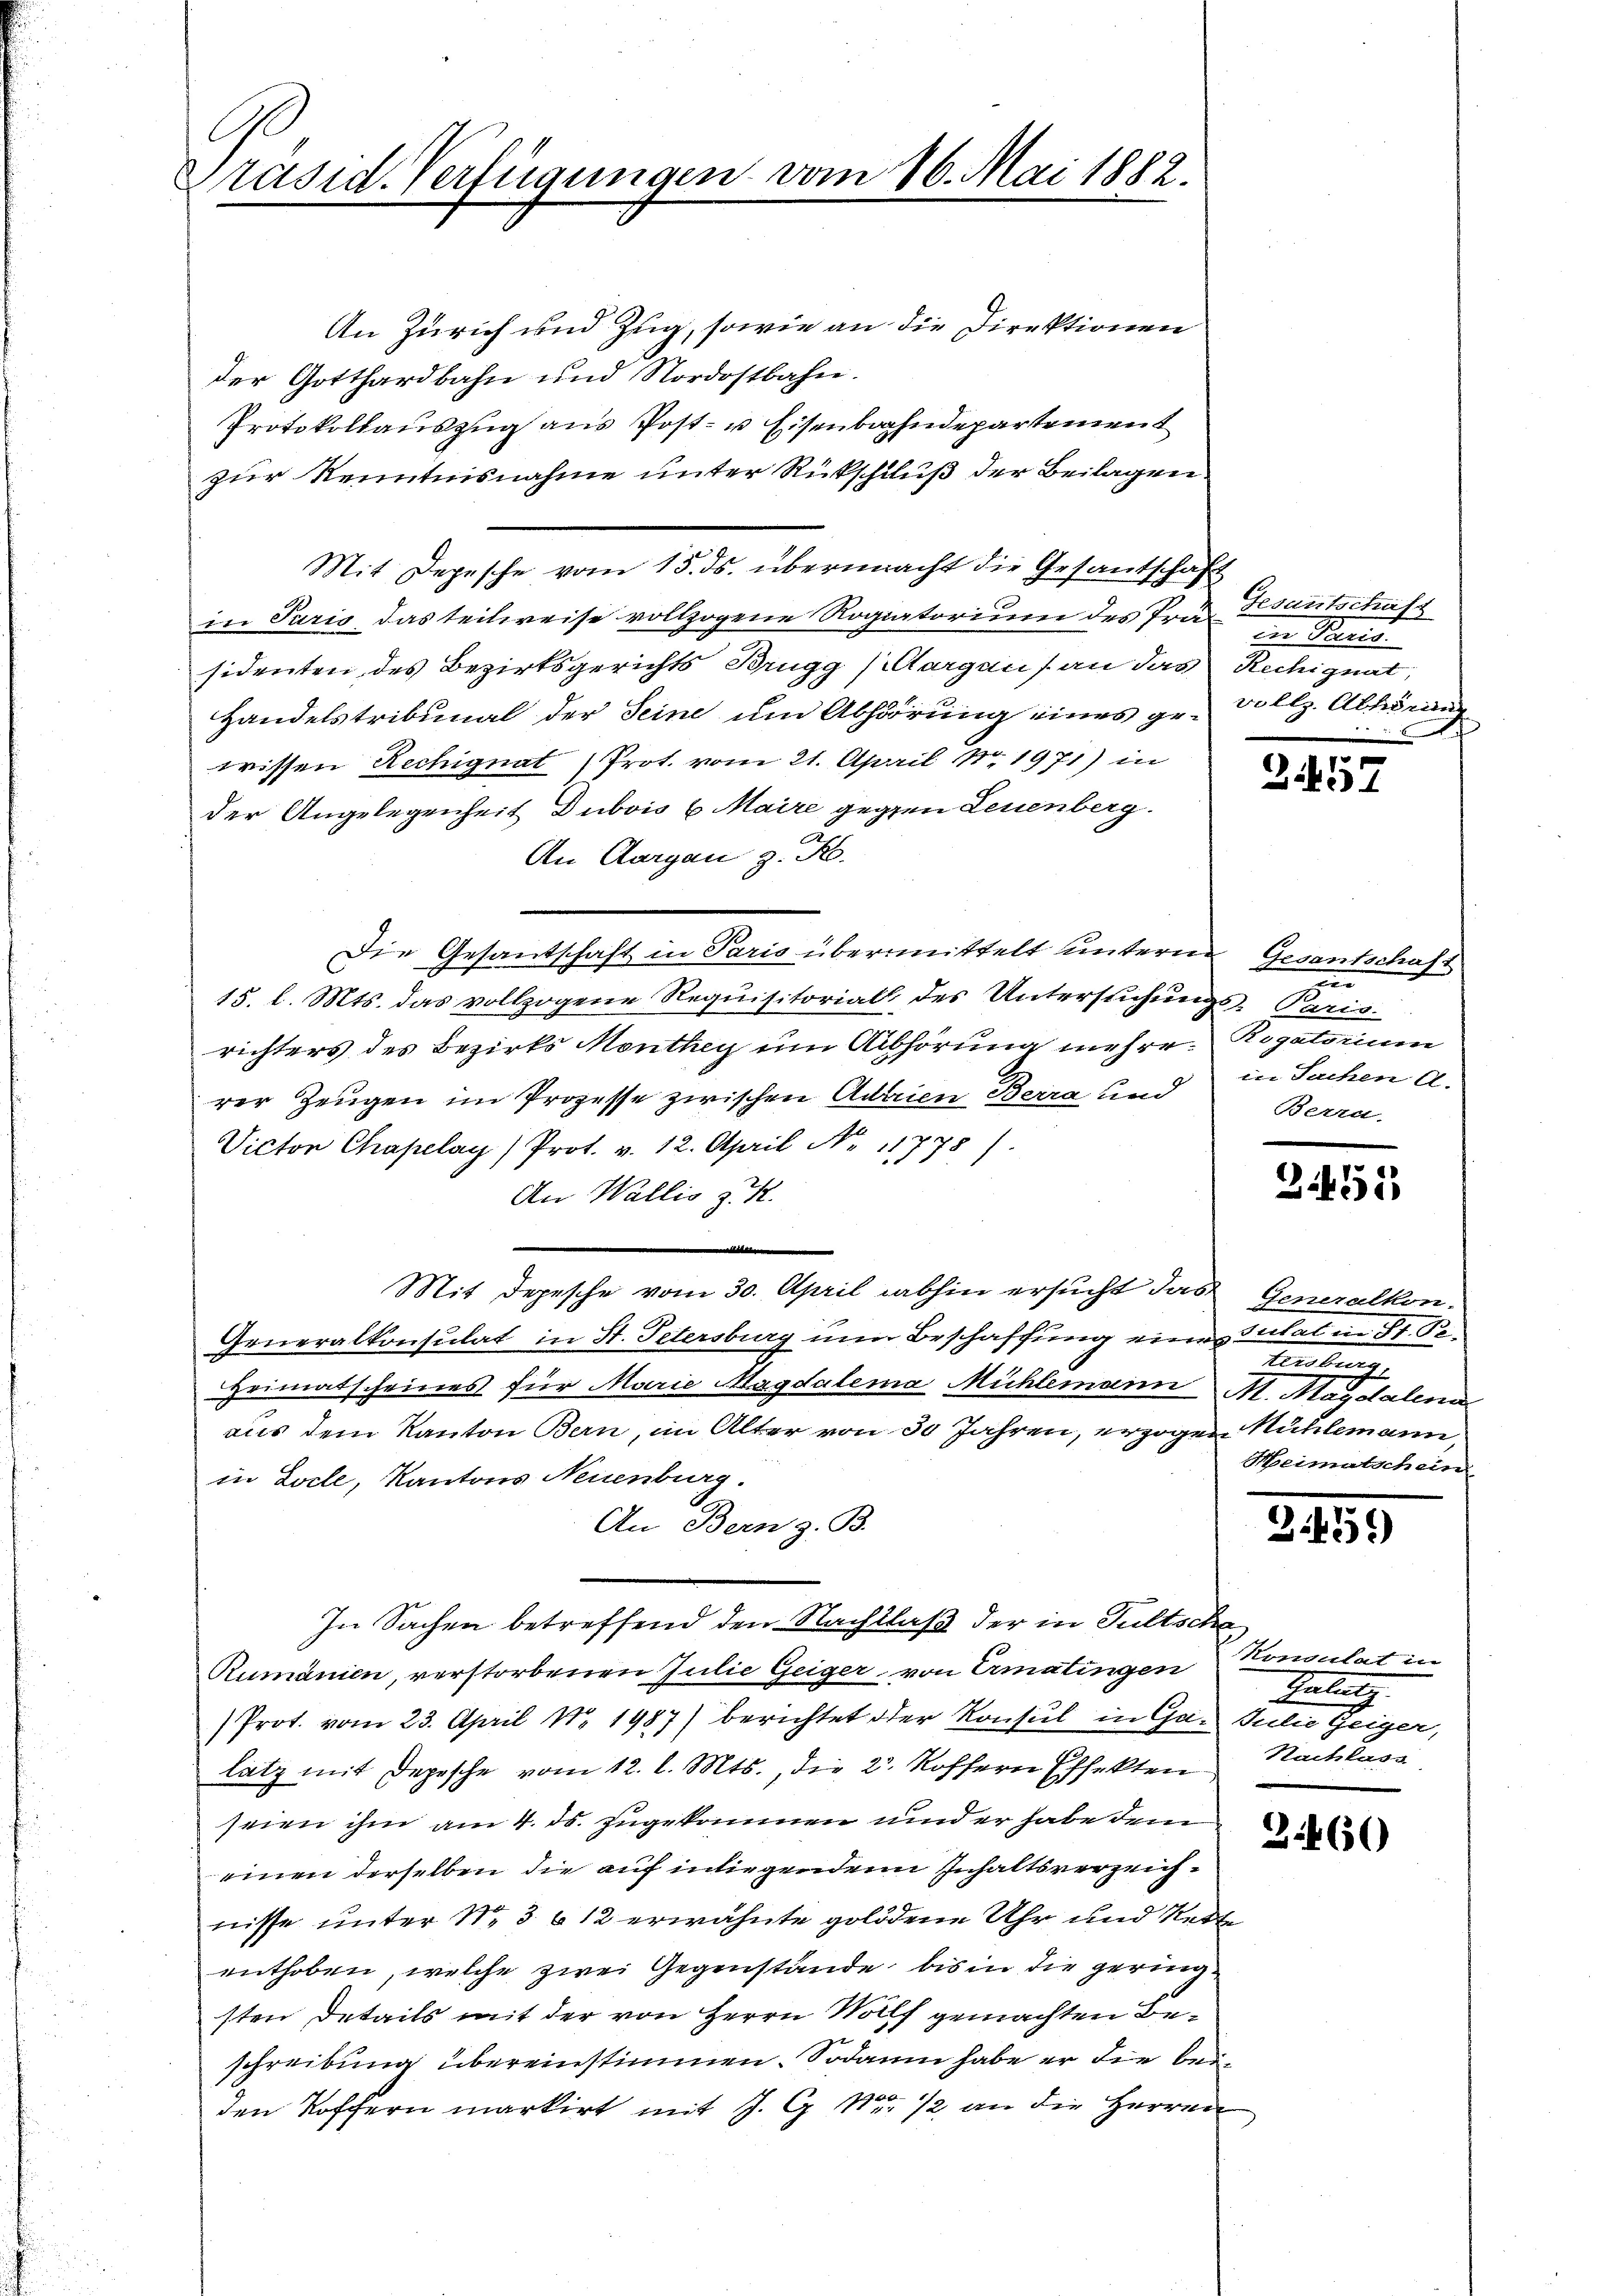
Präsid. Verfügungen vom 16. Mai 1882.

An Zürich und Zug, sowie an die Direktionen
der Gotthardbahn und Nordostbahn.
Protokollauszug aus Post- u Eisenbahndepartement
zur Kenntnisnahme unter Rückschluß der Beilagen.
Mit Depesche vom 15. ds. übermacht die Gesantschaft
in Paris das teilweise vollzogene Rogatorium des Trat zu Paris
sidenten, des Bezirksgerichts Brugg (Aargaus an das Rechignat,
Handelstribunal der Seine um Abhöörung eines gewissen Rechignat Prot. vom 21. April Nr 1971) in
der Angelegenheit Dubois 6. Maire gegen Leuenberg.
An Aargau z. R.
Die Gesantschaft in Paris übermittelt untern Gesantschaft
15. l. Mts. das vollzogene Requisitorial des Untersuchungs-Paris
richters des Bezirks Monthey um Abhörung mehrer Rogatorium
rer Zeugen im Prozesse zwischen Aderien Berra und
Victor Chapelay /Prot. v. 12. April Nr 11778).
An Wallis z. R.
e
Mit Depesche vom 30. April abhin ersucht das Generalkon-
Generalkonsulat in St. Petersburg im Beschaffung einer Intal in St. So¬
Heimatscheines für Marie Magdalena Mühlemann M. Magdalena
aus dem Kanton Bern, im Alter von 30 Jahren, erzogen Mühlemann,
in Locle, Kantons Neuenburg.
An Bern z. B.
In Sachen betreffend den Nachtlaß der in Fultsche
Rumänien, verstorbenen Julie Geiger, von Ermatingen
Prot. vom 23. April N. 1987) berichtet oder Konsul in Gar Julie Zeiger,
latz mit Depesche vom 12. l. Mts., die 2. Koffern Effekten
seien ihm am 4. ds. zugekommen und er habe dem
einen derselben die auf in liegendem Inhaltsverzeichnisse unter N. 3 6 12 erwähnte goldene Uhr und Rette
enthoben, welche zwei Gegenstände bis in die geringsten Details mit der von Herrn Wolff gemachten Beschreibung übereinstimmen. Sodann habe er die beiden Koffern markirt mit J. G. Nr. 12 an die Herren

Gesantschaft
vollz. Abhörun
.
i

257

n
in Sachen A.
Berrn.

31455

Verbung.
Heimatschein

21459)

Konsulat in
Gelang
Nachlass

3460